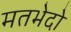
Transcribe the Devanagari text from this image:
मतभेदो